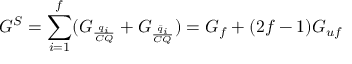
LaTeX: G ^ { S } = \sum _ { i = 1 } ^ { f } ( G _ { \frac { q _ { i } } { C Q } } + G _ { \frac { \bar { q } _ { i } } { C Q } } ) = G _ { f } + ( 2 f - 1 ) G _ { u f }